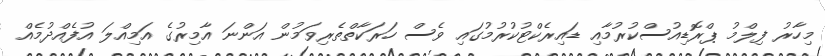
މިހާރު ފިލްމު ޕްރޮޑިއުސްކުރުމާއި ޑައިރެކްޓުކުރުމުގައި ވެސް ހަރަކާތްތެރިވަމުން އަންނަ އާމިރުގެ އަމިއްލަ އުފެއްދުމެއް